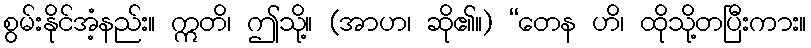
စွမ်းနိုင်အံ့နည်း။ ဣတိ၊ ဤသို့။ (အာဟ၊ ဆို၏။) “တေန ဟိ၊ ထိုသို့တပြီးကား။